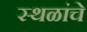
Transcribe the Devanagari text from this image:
स्‍थळांचे